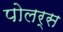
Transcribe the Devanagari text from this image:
पोलर्स